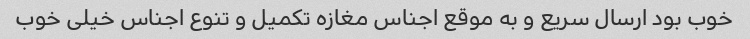
خوب بود ارسال سریع و به موقع اجناس مغازه تکمیل و تنوع اجناس خیلی خوب